Indian journal of veterinary science and animal husbandry - Volume 11,
Year: 1941
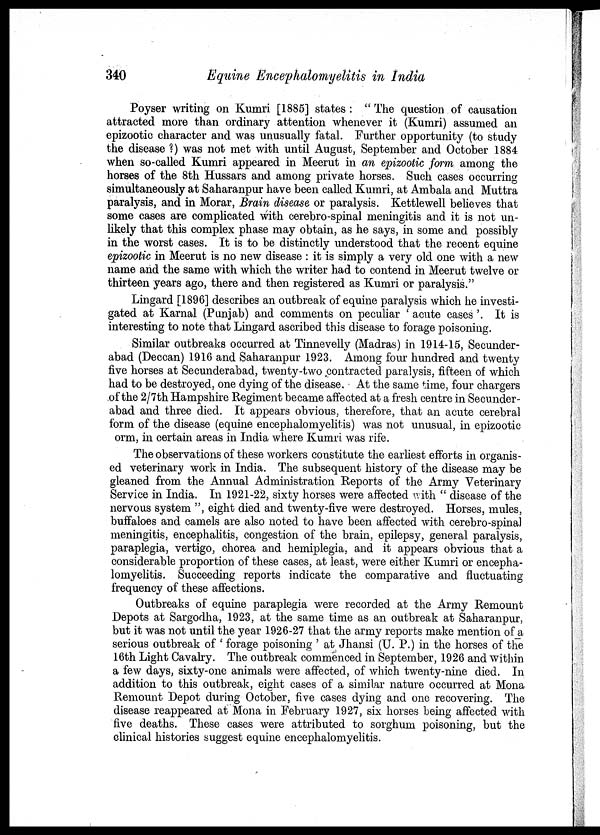
340
Equine Encephalomyelitis in India
Poyser writing on Kumri [1885] states : " The question of causation
attracted more than ordinary attention whenever it (Kumri) assumed an
epizootic character and was unusually fatal. Further opportunity (to study
the disease ?) was not met with until August, September and October 1884
when so-called Kumri appeared in Meerut in an epizootic form among the
horses of the 8th Hussars and among private horses. Such cases occurring
simultaneously at Saharanpur have been called Kumri, at Ambala and Muttra
paralysis, and in Morar, Brain disease or paralysis. Kettlewell believes that
some cases are complicated with cerebro-spinal meningitis and it is not un-
likely that this complex phase may obtain, as he says, in some and possibly
in the worst cases. It is to be distinctly understood that the recent equine
epizootic in Meerut is no new disease : it is simply a very old one with a new
name and the same with which the writer had to contend in Meerut twelve or
thirteen years ago, there and then registered as Kumri or paralysis."
Lingard [1896] describes an outbreak of equine paralysis which he investi-
gated at Karnal (Punjab) and comments on peculiar ' acute cases '. It is
interesting to note that Lingard ascribed this disease to forage poisoning.
Similar outbreaks occurred at Tinnevelly (Madras) in 1914-15, Secunder¬
abad (Deccan) 1916 and Saharanpur 1923. Among four hundred and twenty
five horses at Secunderabad, twenty-two contracted paralysis, fifteen of which
had to be destroyed, one dying of the disease. At the same time, four chargers
of the 2/7th Hampshire Regiment became affected at a fresh centre in Secunder-
abad and three died. It appears obvious, therefore, that an acute cerebral
form of the disease (equine encephalomyelitis) was not unusual, in epizootic
orm, in certain areas in India where Kumri was rife.
The observations of these workers constitute the earliest efforts in organis-
ed veterinary work in India. The subsequent history of the disease may be
gleaned from the Annual Administration Reports of the Army Veterinary
Service in India. In 1921-22, sixty horses were affected with " disease of the
nervous system ", eight died and twenty-five were destroyed. Horses, mules,
buffaloes and camels are also noted to have been affected with cerebro-spinal
meningitis, encephalitis, congestion of the brain, epilepsy, general paralysis,
paraplegia, vertigo, chorea and hemiplegia, and it appears obvious that a
considerable proportion of these cases, at least, were either Kumri or encepha-
lomyelitis. Succeeding reports indicate the comparative and fluctuating
frequency of these affections.
Outbreaks of equine paraplegia were recorded at the Army Remount
Depots at Sargodha, 1923, at the same time as an outbreak at Saharanpur,
but it was not until the year 1926-27 that the army reports make mention of a
serious outbreak of ' forage poisoning ' at Jhansi (U. P.) in the horses of the
16th Light Cavalry. The outbreak commenced in September, 1926 and within
a few days, sixty-one animals were affected, of which twenty-nine died. In
addition to this outbreak, eight cases of a similar nature occurred at Mona
Remount Depot during October, five cases dying and one recovering. The
disease reappeared at Mona in February 1927, six horses being affected with
five deaths. These cases were attributed to sorghum poisoning, but the
clinical histories suggest equine encephalomyelitis.